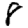
Digit: 8